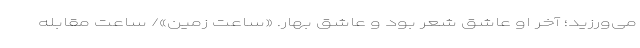
می‌ورزید؛ آخر او عاشق شعر بود و عاشق بهار. «ساعت زمین»/ ساعت مقابله